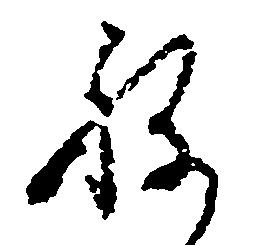
ね